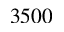
3 5 0 0